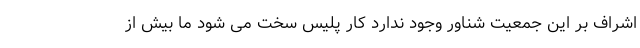
اشراف بر این جمعیت شناور وجود ندارد کار پلیس سخت می شود ما بیش از